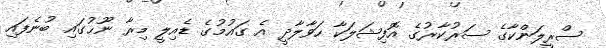
ސްރީލަންކާގެ ސަރުކާރުގެ އޮފިޝަލަކާ ހަވާލާދީ އެ ގައުމުގެ ޑެއިލީ މިރާ ނޫޙުގައި ބުނެފައި